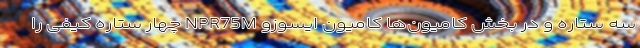
سه ستاره و در بخش کامیون‌ها کامیون ایسوزو NPR75M چهار ستاره کیفی را